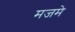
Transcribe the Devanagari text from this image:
मजमे